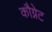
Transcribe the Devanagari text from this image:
कौग्नेट